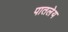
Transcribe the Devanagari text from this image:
पातलेय